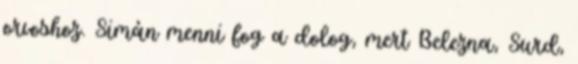
orvoshoz. Simán menni fog a dolog, mert Belezna, Surd,